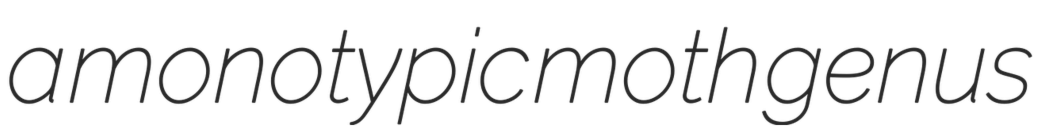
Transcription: a monotypic moth genus